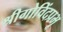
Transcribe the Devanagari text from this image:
श्रीगोविंदप्रभू